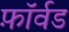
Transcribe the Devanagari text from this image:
फ़ॉर्वड